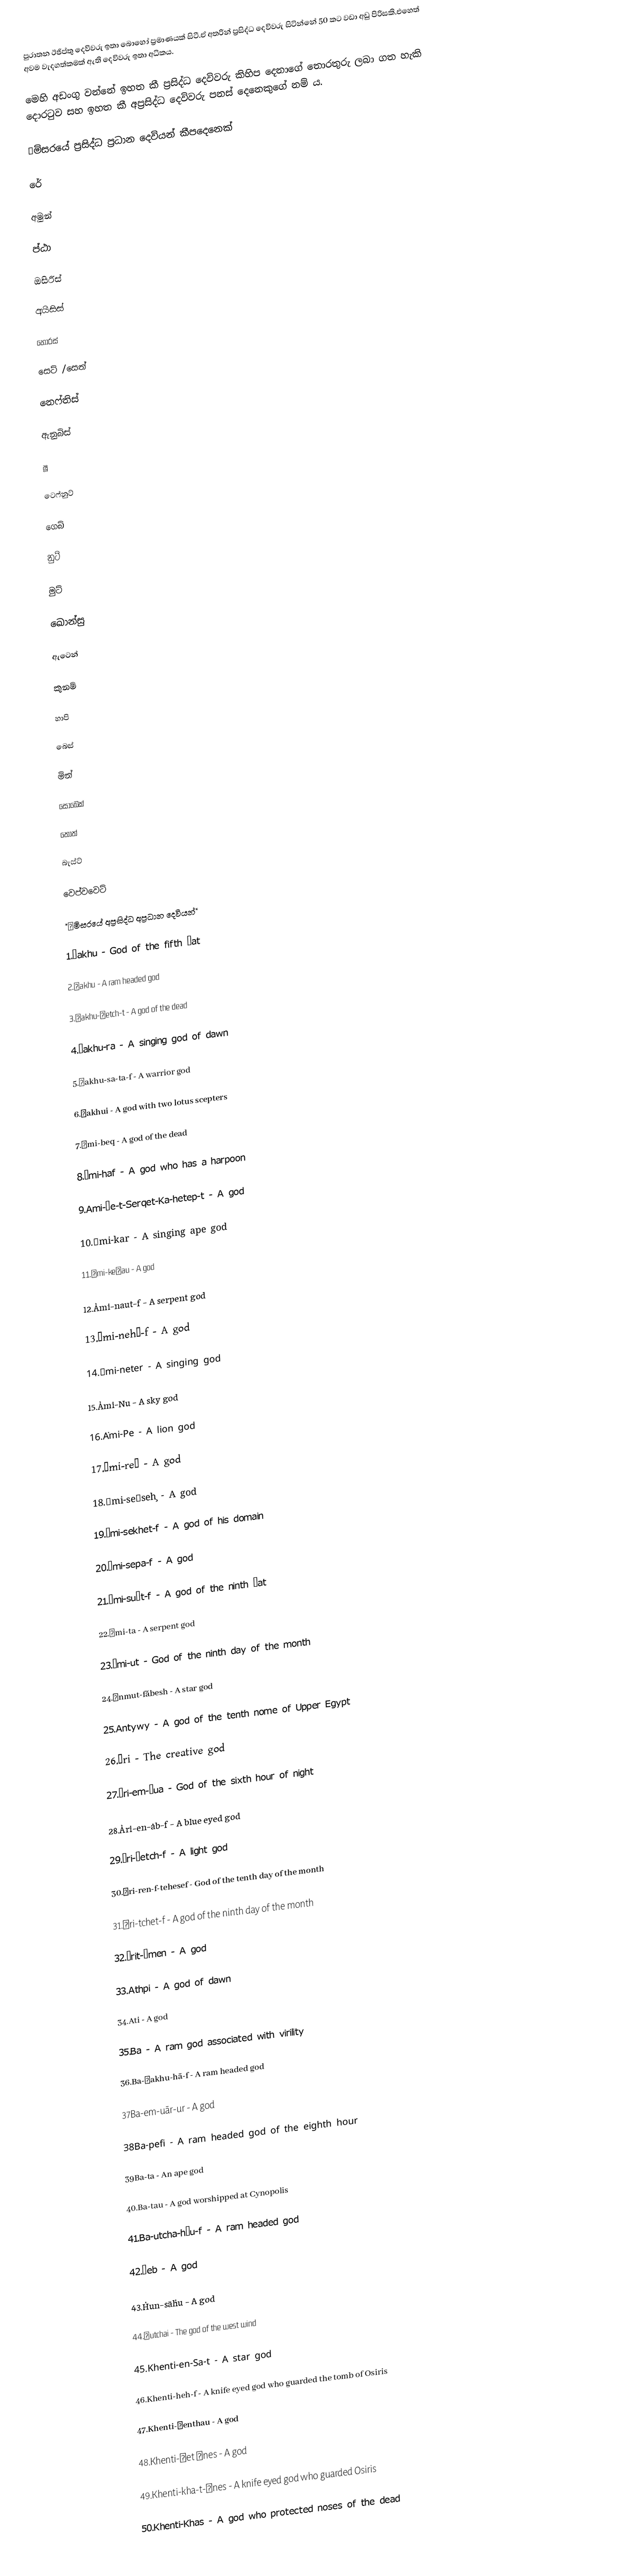
පුරාතන ඊජිප්තු දෙවිවරු ඉතා බොහෝ ප්‍රමාණයක් සිටී.ඒ අතරින් ප්‍රසිද්ධ දෙවිවරු සිටින්නේ 50 කට වඩා අඩු පිරිසකි.එහෙත් අවම වැදගත්කමක් ඇති දෙවිවරු ඉතා අධිකය.

මෙහි අඩංගු වන්නේ ඉහත කී ප්‍රසිද්ධ දෙවිවරු කිහිප දෙනාගේ තොරතුරු ලබා ගත හැකි දොරටුව සහ ඉහත කී අප්‍රසිද්ධ දෙවිවරු පනස් දෙනෙකුගේ නම් ය.

●මිසරයේ ප්‍රසිද්ධ ප්‍රධාන දෙවියන් කීපදෙනෙක්

රේ

අමුන්

ප්ඨා

ඔසිරිස්

අයිසිස්

හෝරස්

සෙට් /සෙත්

නෙෆ්තිස්

ඇනුබිස්

ෂූ

ටෙෆ්නුට්

ගෙබ්

නුට්

මුට්

ඛොන්සු

ඇටෙන්

කුනම්

හාපි

බෙස්

මින්

සොබෙක්

තොත්

බැස්ට්

වෙප්වවෙට්

*●මිසරයේ අප්‍රසිද්ධ අප්‍රධාන දෙවියන්*

1.Ȧakhu - God of the fifth Ảat

2.Ảakhu - A ram headed god

3.Ảakhu-ḥetch-t - A god of the dead

4.Ảakhu-ra - A singing god of dawn

5.Ảakhu-sa-ta-f - A warrior god

6.Ảakhui - A god with two lotus scepters

7.Ȧmi-beq - A god of the dead

8.Ảmi-haf - A god who has a harpoon

9.Ami-Ḥe-t-Serqet-Ka-hetep-t - A god

10.Ảmi-kar - A singing ape god

11.Ảmi-keḥau - A god

12.Ảmi-naut-f - A serpent god

13.Ảmi-nehţ-f - A god

14.Ảmi-neter - A singing god

15.Ảmi-Nu - A sky god

16.Ȧmi-Pe - A lion god

17.Ảmi-reţ - A god

18.Ảmi-seḥseḩ - A god

19.Ảmi-sekhet-f - A god of his domain

20.Ảmi-sepa-f - A god

21.Ảmi-suḥt-f - A god of the ninth Ảat

22.Ảmi-ta - A serpent god

23.Ảmi-ut - God of the ninth day of the month

24.Ảnmut-făbesh - A star god

25.Antywy - A god of the tenth nome of Upper Egypt

26.Ảri - The creative god

27.Ảri-em-ăua - God of the sixth hour of night

28.Ảri-en-ȧb-f - A blue eyed god

29.Ảri-ḥetch-f - A light god

30.Ảri-ren-f-tehesef - God of the tenth day of the month

31.Ảri-tchet-f - A god of the ninth day of the month

32.Ảrit-Ảmen - A god

33.Athpi - A god of dawn

34.Ati - A god

35.Ba - A ram god associated with virility

36.Ba-ảakhu-hā-f - A ram headed god

37Ba-em-uār-ur - A god

38Ba-pefi - A ram headed god of the eighth hour

39Ba-ta - An ape god

40.Ba-tau - A god worshipped at Cynopolis

41.Ba-utcha-hāu-f - A ram headed god

42.Ḥeb - A god

43.Ḥun-sāḥu - A god

44.Ḥutchai - The god of the west wind

45.Khenti-en-Sa-t - A star god

46.Khenti-heh-f - A knife eyed god who guarded the tomb of Osiris

47.Khenti-ḥenthau - A god

48.Khenti-Ḥet Ȧnes - A god

49.Khenti-kha-t-ảnes - A knife eyed god who guarded Osiris

50.Khenti-Khas - A god who protected noses of the dead